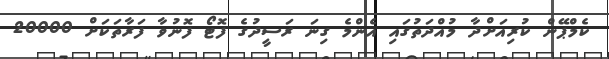
ކެމްޕޭން ކުރިއަށްދާ މުއްދަތުގައި އެންމެ ގިނަ ރަސީދުގެ ފޮޓޯ ފޮނުވާ ފަރާތަކަށް 20000